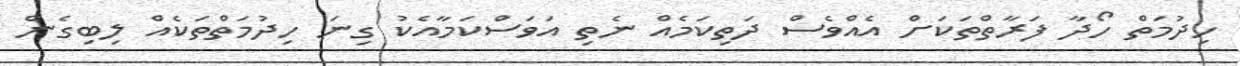
ހިދުމަތް ހޯދާ ފަރާތްތަކަށް އެއްވެސް ދަތިކަމެއް ނެތި އަވަސްކަމާއެކު ގިނަ ހިދުމަތްތަކެއް ލިބިގެން